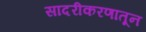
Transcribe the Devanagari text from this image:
सादरीकरणातून